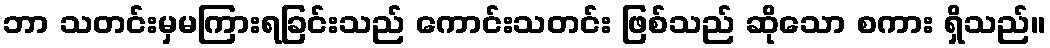
ဘာ သတင်းမှမကြားရခြင်းသည် ကောင်းသတင်း ဖြစ်သည် ဆိုသော စကား ရှိသည်။